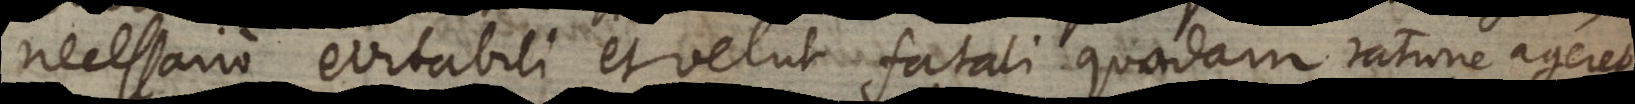
necesssario [in]evitabili et velut fatali quadam ratione ageret.